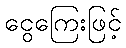
ငွေကြေးဖြင့်